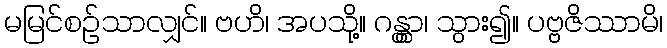
မမြင်စဉ်သာလျှင်။ ဗဟိ၊ အပသို့။ ဂန္တွာ၊ သွား၍။ ပဗ္ဗဇိဿာမိ၊